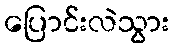
ပြောင်းလဲသွား